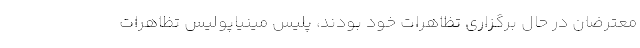
معترضان در حال برگزاری تظاهرات خود بودند، پلیس مینیاپولیس تظاهرات